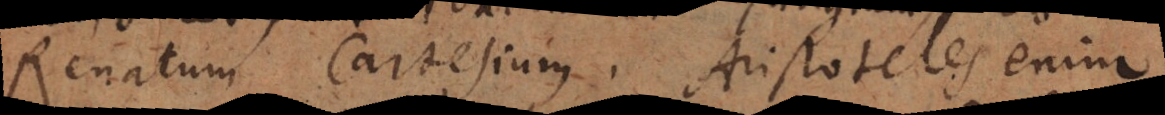
Renatum Cartesium. Aristoteles enim